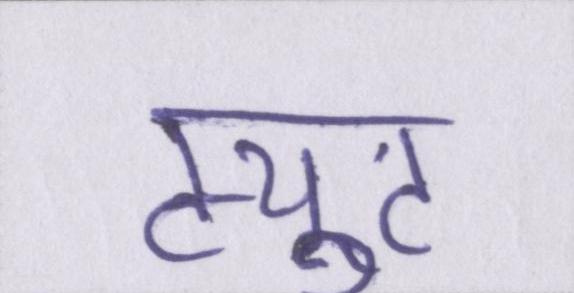
ट्युट